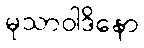
မုသာဝါဒိနော